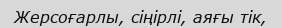
Жерсоғарлы, сіңірлі, аяғы тік,